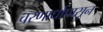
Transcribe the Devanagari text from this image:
चरणार्धापासून